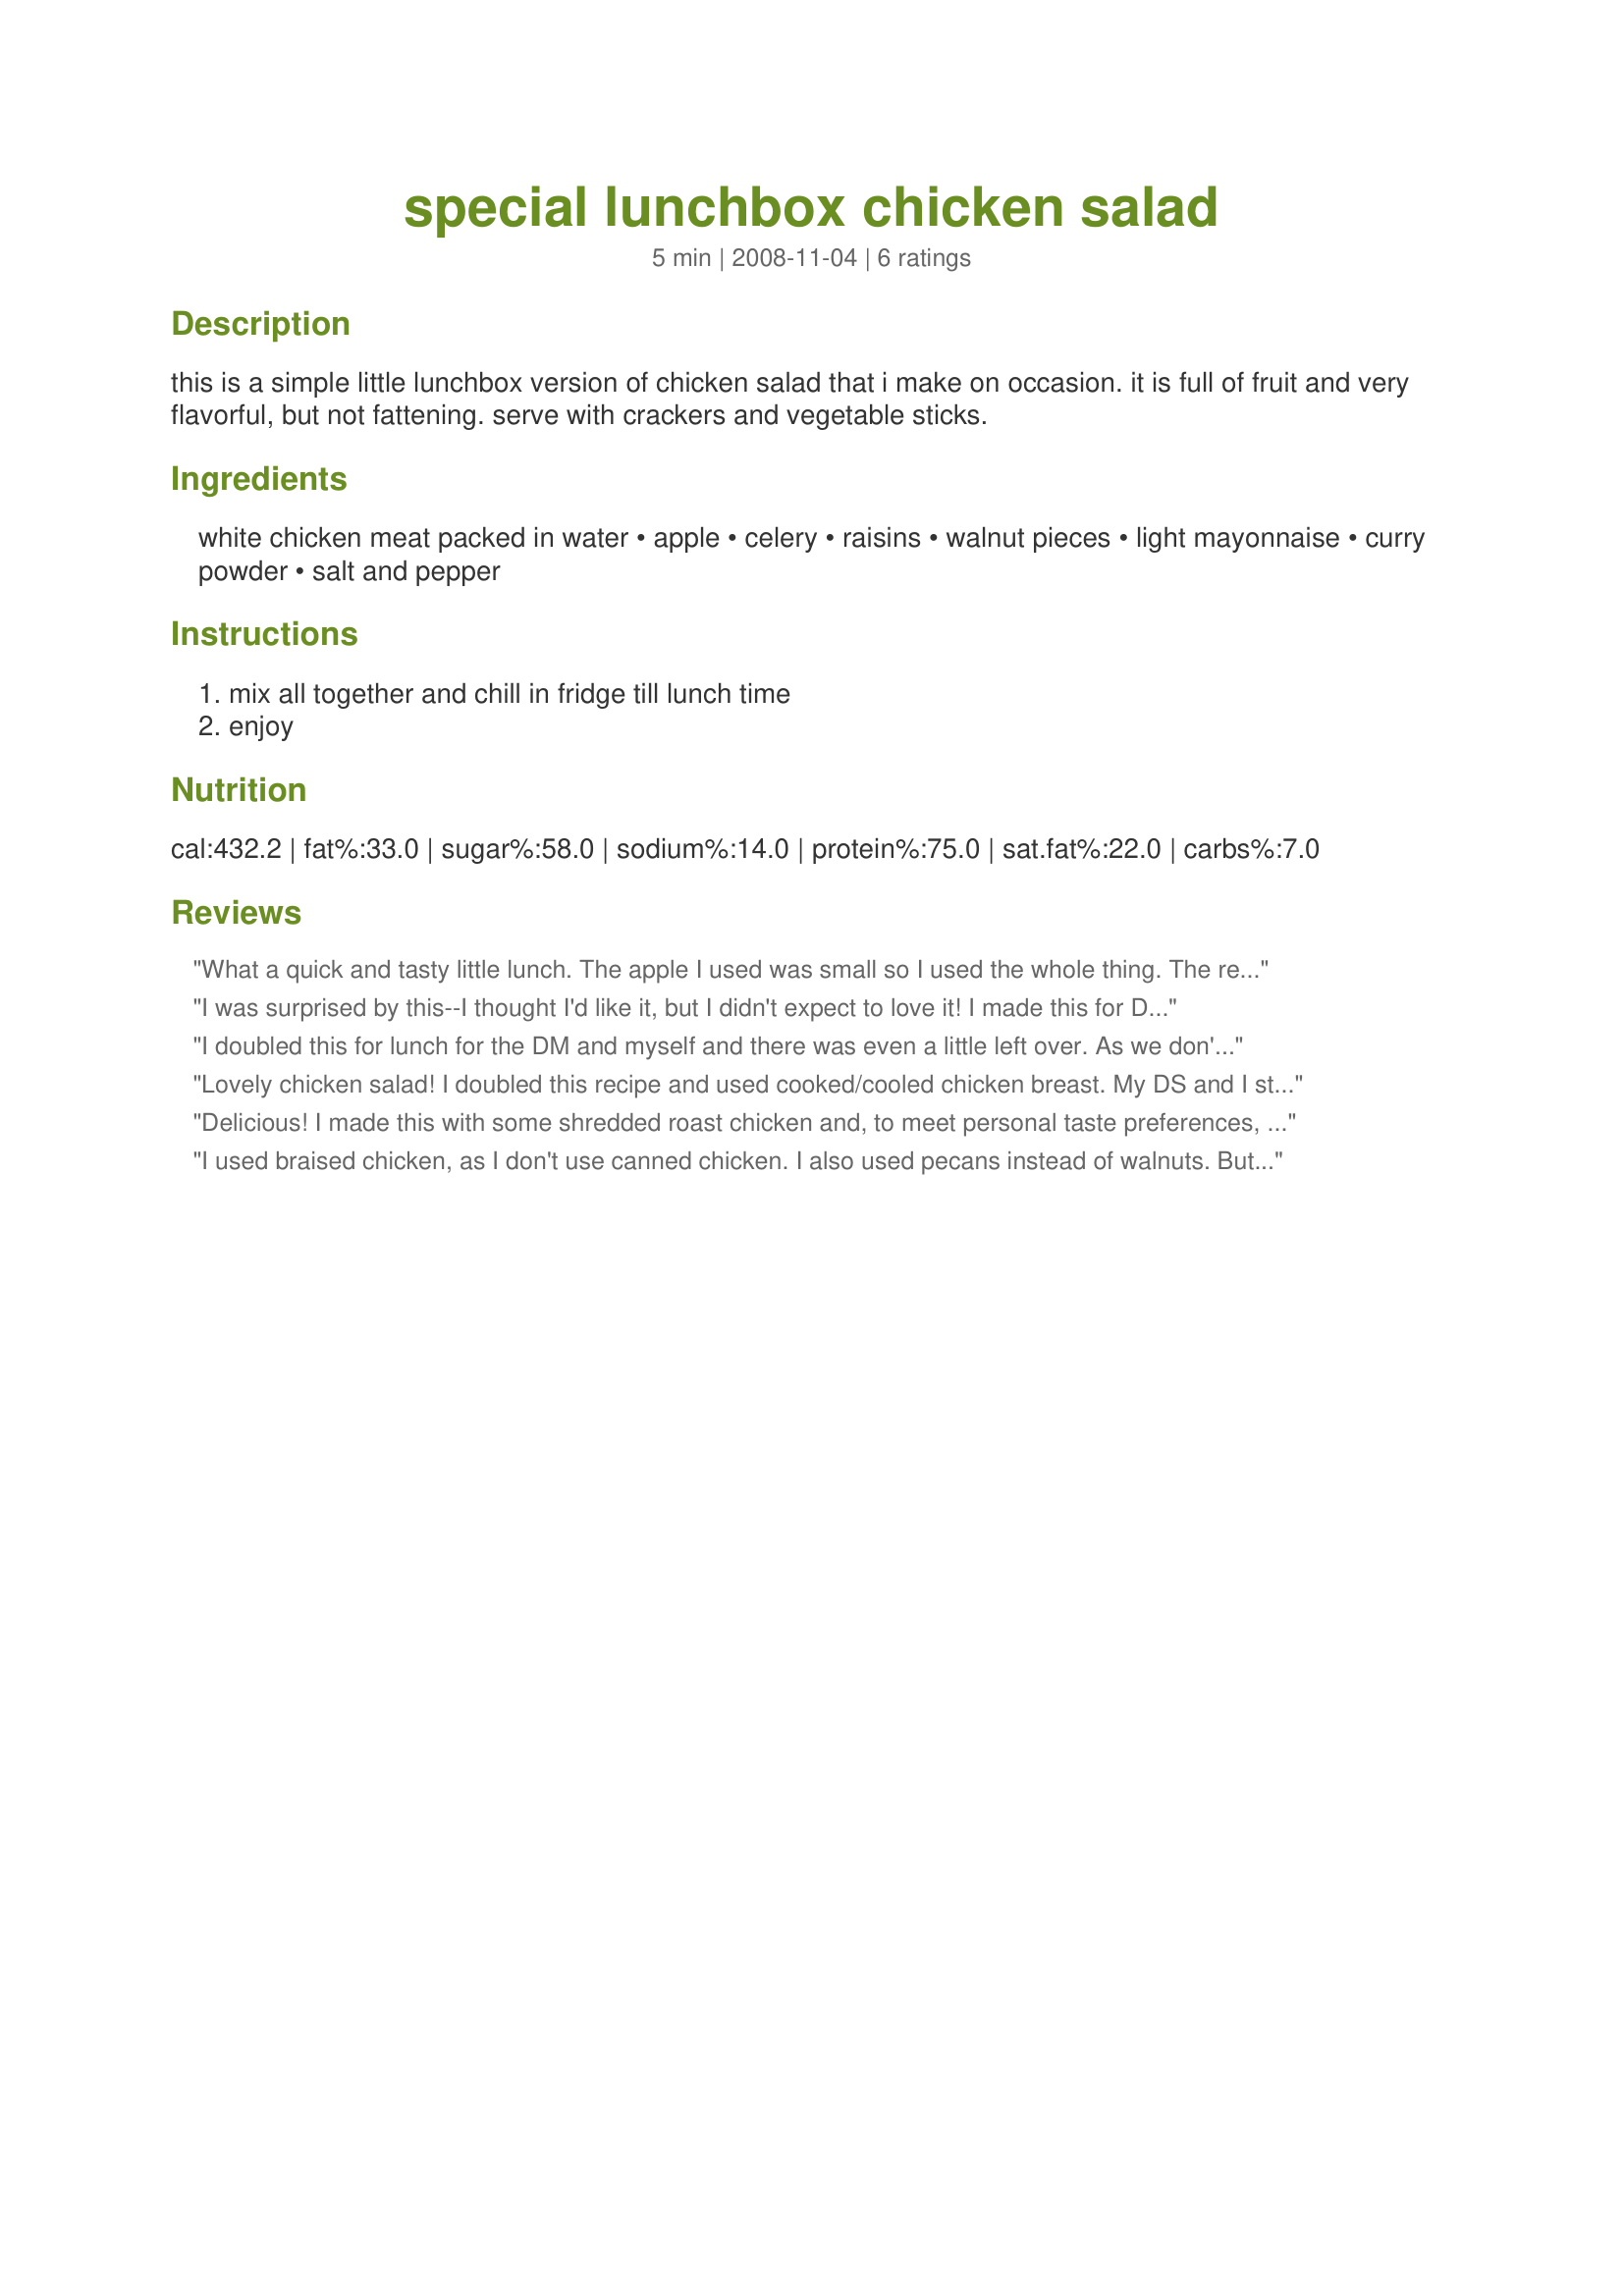
special lunchbox chicken salad
Preparation time: 5 minutes

this is a simple little lunchbox version of chicken salad that i make on occasion. it is full of fruit and very flavorful, but not fattening. serve with crackers and vegetable sticks.

Ingredients:
white chicken meat packed in water, apple, celery, raisins, walnut pieces, light mayonnaise, curry powder, salt and pepper

Steps:
mix all together and chill in fridge till lunch time, enjoy

Reviews:
What a quick and tasty little lunch. The apple I used was small so I used the whole thing. The rest of the recipe was prepared as written using Recipe#289383 for the curry powder. This would be a wonderful way to use up leftover chicken. Made for Every Day Is A Holiday Tag
I was surprised by this--I thought I'd like it, but I didn't expect to love it! I made this for DH's lunch, and I wish I'd kept back more than just a taste of it for me! I used chicken breast leftover from making Recipe #155759, golden raisins, and a great big Fuji apple. I had to add extra mayo, probably due to the large amount of apple and celery that I put in. I mixed the curry spice (Green Ship label Madras Curry Powder) into the mayo before tossing it with the salad. I let it sit overnight in the fridge before I tasted my all-too-tiny portion, and the flavors had combined to make a really delicious salad! DH described it as a curried chicken Waldorf salad, which seems to fit pretty well. Thank you so much, MsSally!
I doubled this for lunch for the DM and myself and there was even a little left over. As we don't get canned chicken I used have a small deli roasted chicken (about 7 oz of meat) and also added some grated carrot. I served on a bed of lettuce but really think this mix would be great stuffed in lettuce leaves and eaten as a "sandwich", great for a school lunch in a lunch box. Thanks MsSally for getting some fruit and more vegetables into my diet, made for Every Day is a Holiday Tag game.
Lovely chicken salad! I doubled this recipe and used cooked/cooled chicken breast. My DS and I stuffed our chicken salad in half of a whole wheat pita, I lined mine with spring greens. Like breezermom mentioned, combining the curry with the mayo first would have been a good thing. This is a great lunchtime recipe that I'll be using again.
Delicious! I made this with some shredded roast chicken and, to meet personal taste preferences, I used only a tiny pinch of curry powder and substituted sultanas for the raisins. Loved the range of flavours and textures and I'll certainly make this again for take-to-work lunches. Made this for Everyday is a Holiday Tag!
I used braised chicken, as I don't use canned chicken. I also used pecans instead of walnuts. But other than that, I followed the recipe exactly. This is delicious! The only thing I would do differently is combine the mayonnaise and curry powder to make it easier to distribute the spice evenly. Delicious as is, but I can't wait to try it stuffed into a really fresh ripe tomato! Made this for Everyday is a Holiday Tag!
